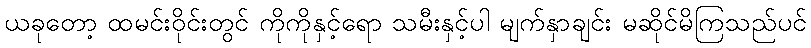
ယခုတော့ ထမင်းဝိုင်းတွင် ကိုကိုနှင့်ရော သမီးနှင့်ပါ မျက်နှာချင်း မဆိုင်မိကြသည်ပင်